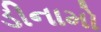
ડીનામો